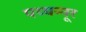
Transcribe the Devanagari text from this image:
पय्यन्नूर